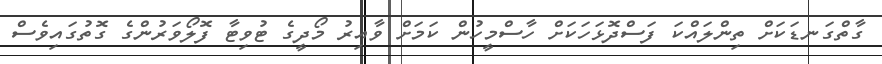
ގާތްގަނޑަކަށް ތިންލައްކަ ފަސްދޮޅަހަކަށް ހާސްމީހުން ކަމަށް ވާއިރު މޯދީގެ ޓުވިޓާ ފޮލޯވަރުންގެ ގޮތުގައިވެސް